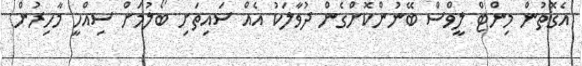
އެގޮތުން މިންޓް ލީވްސް ބޭނުންކޮށްގެން ދުވާލަކު އެއް ސައިތަށި ބޯލުމަށް ސިއްހީ މާހިރުން